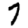
Digit: 7